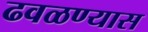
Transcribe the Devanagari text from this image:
ढवळण्यास